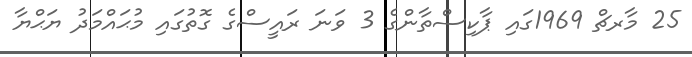
25 މާރޗް 1969ގައި ޕާކިސްތާންގެ 3 ވަނަ ރައީސްގެ ގޮތުގައި މުޙައްމަދު ޔަޙްޔާ